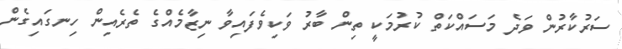
ސަރުކާރުން ވަދެ މަސައްކަތް ކުރުމަކީ ތިން ބާރު ވަކިވެފައިވާ ނިޒާމެއްގެ ތެރެއިން ހިނގައިގެން